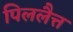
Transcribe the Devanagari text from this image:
पिललैत्त